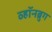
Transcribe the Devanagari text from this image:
व्हॉनब्रुग